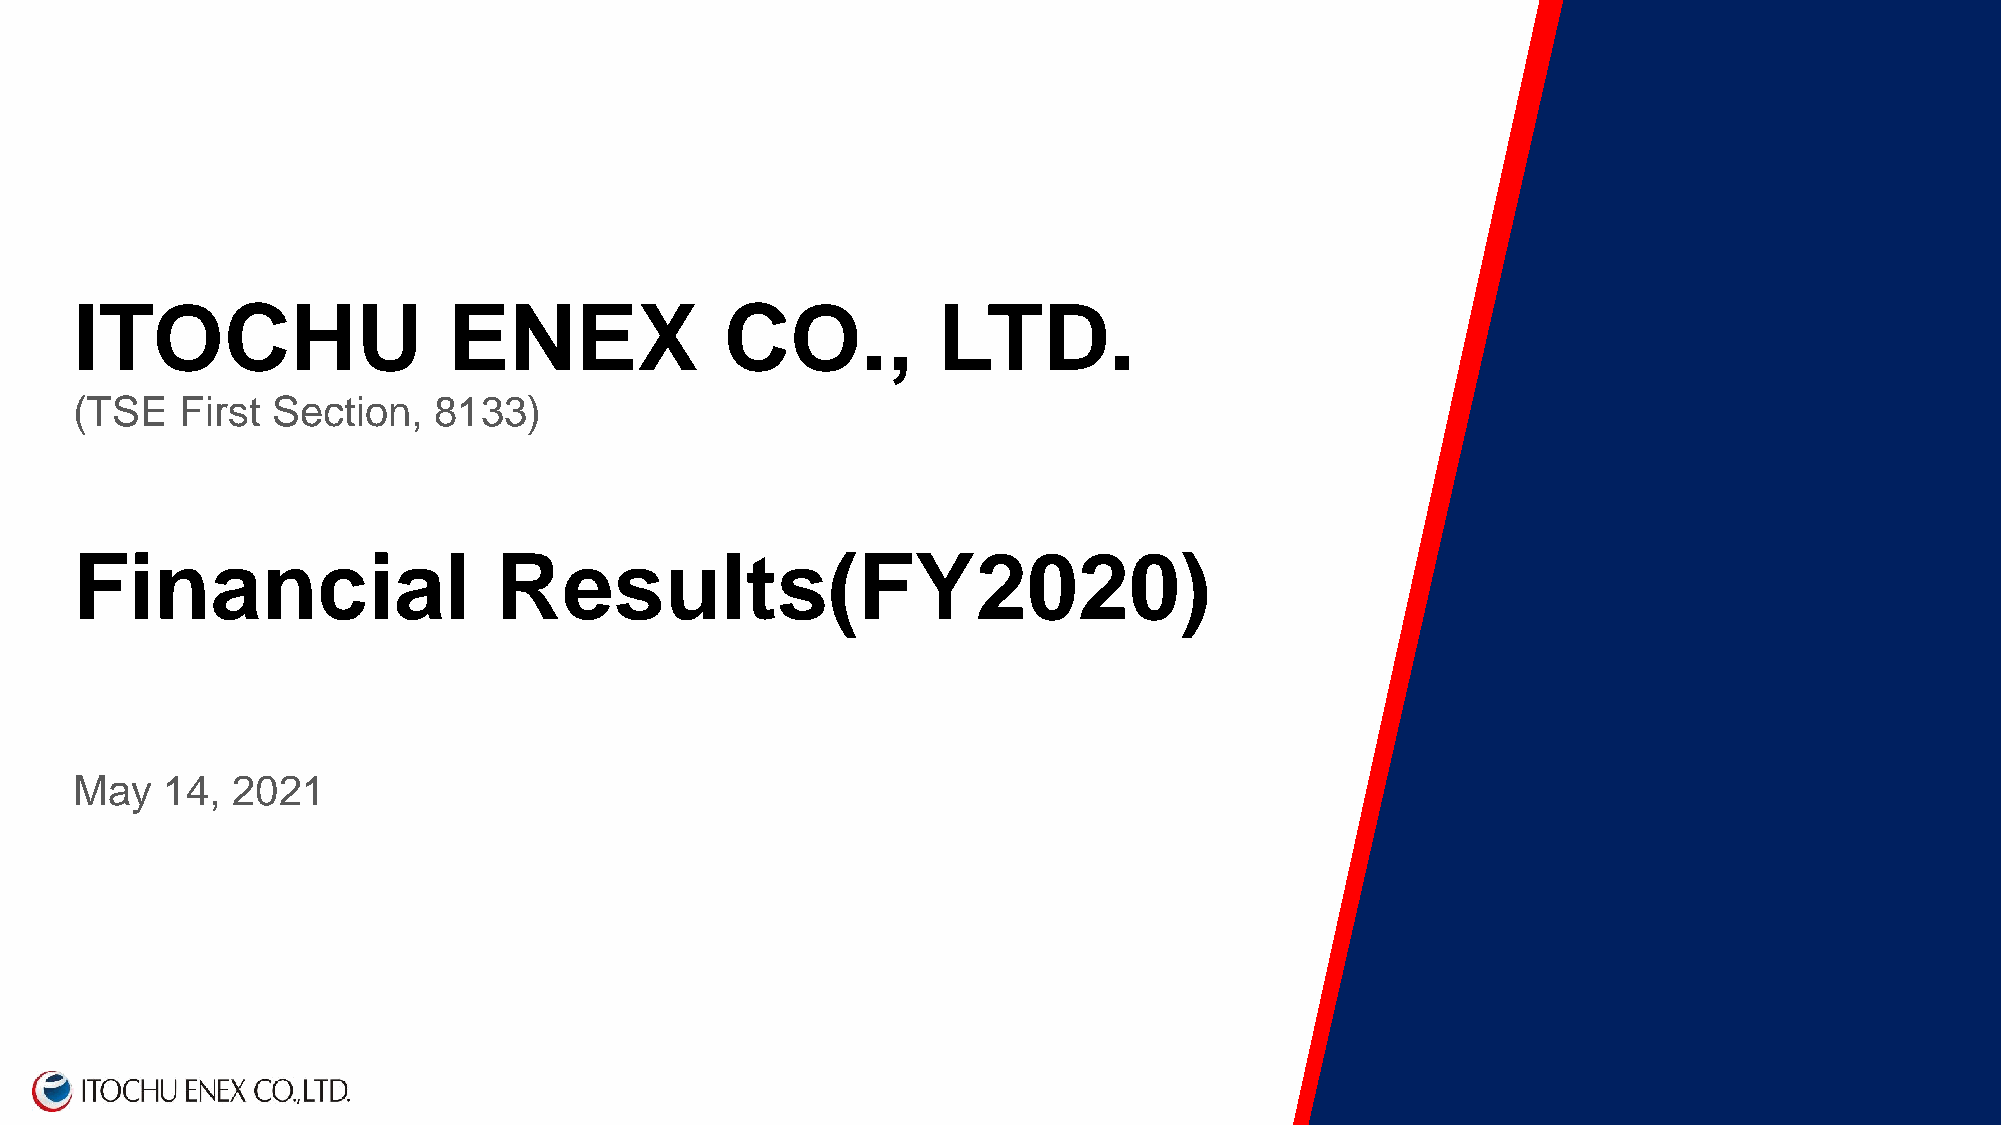
ITOCHU                   ENEX              CO.,          LTD.
 (TSE   First Section,   8133)
 Financial                   Results(FY2020)
 May   14, 2021
 Copyright©2020 ITOCHU ENEX CO.,LTD. All rights reserved.
 CopyrigChotp©y2r0ig2h1t ©IT2O0C20HIUT OECNHEUX CENOE.,LXT CDO. .A,LllT rDig. hAtlsl rriegshetrsv reeds.e rved.